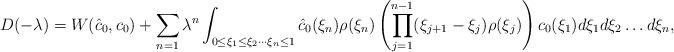
LaTeX: \begin{align*}D(-\lambda)=W(\hat c_0,c_0)+\sum_{n=1} \lambda^n \int_{0\leq \xi_1\leq \xi_2\cdots \xi_n\leq 1}\hat c_0(\xi_n)\rho(\xi_n)\left(\prod_{j=1}^{n-1}(\xi_{j+1}-\xi_j) \rho(\xi_j)\right)c_0(\xi_1) d\xi_1d\xi_2\dots d\xi_n, \end{align*}